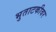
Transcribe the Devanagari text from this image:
भुताटकीवर